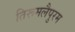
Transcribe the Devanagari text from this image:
तिरूमलैपुरम